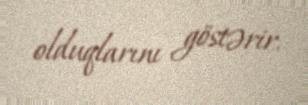
olduqlarını göstərir.